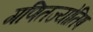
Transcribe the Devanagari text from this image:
गणितज्योतिष